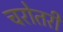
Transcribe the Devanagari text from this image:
चरोतरी